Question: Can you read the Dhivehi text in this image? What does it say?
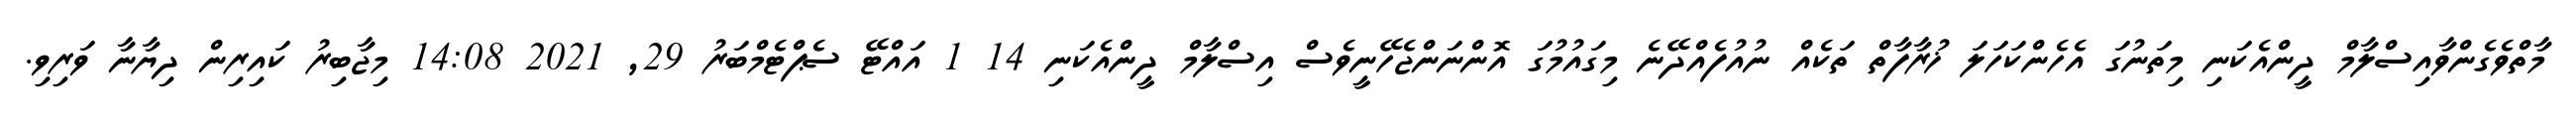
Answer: މާތްވެގެންވާއިސްލާމް ދީންއެކަނި މިތަނުގަ އެހެންކަހަލަ ޚުރާފާތް ތަކެއް ނުއުފެއްދޭނެ މިގައުމުގަ އޮންނަންޖެހޭނީވެސް އިސްލާމް ދީންއެކަނި 14 1 އައްޓޭ ސެޕްޓެމްބަރު 29, 2021 14:08 މިޖާބިރު ކައިރިން ދިޔާނާ ވަރިވި.